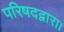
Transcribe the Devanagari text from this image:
परिषदद्वारा।